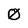
Character: 0